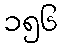
၁၅၆